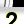
Digit: 2